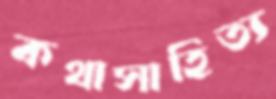
কথাসাহিত্য